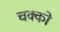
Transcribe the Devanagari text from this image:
चक्को